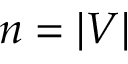
n = | V |